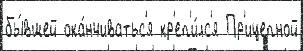
бы́вшей ока́нчиватьс'я кр'еп'и́лс'я Пр'ицепной